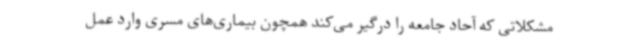
مشکلاتی که آحاد جامعه را درگیر می‌کند همچون بیماری‌های مسری وارد عمل